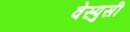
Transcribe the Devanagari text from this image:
वेस्पुसी